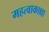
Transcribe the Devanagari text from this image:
महत्वाकाक्षा